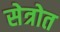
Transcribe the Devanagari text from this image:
सेत्रोत